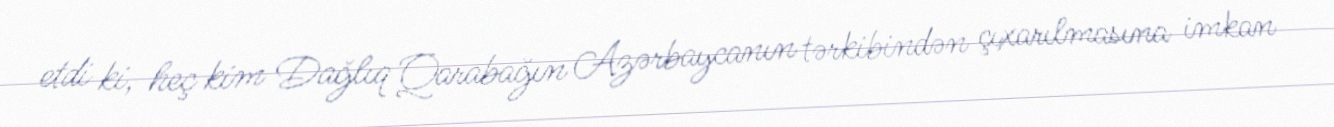
etdi ki, heç kim Dağlıq Qarabağın Azərbaycanın tərkibindən çıxarılmasına imkan